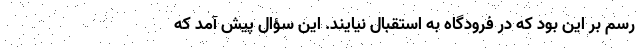
رسم بر این بود که در فرودگاه به استقبال نیایند. این سؤال پیش آمد که